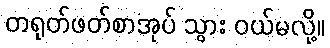
တရုတ်ဖတ်စာအုပ် သွား ဝယ်မလို့။